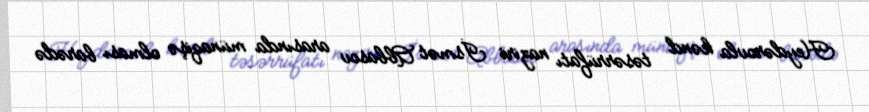
Heydərovla kənd təsərrüfatı naziri İsmət Abbasov arasında münaqişə olması barədə